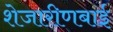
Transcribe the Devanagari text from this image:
शेजारीणबाई